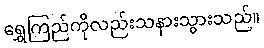
ရွှေကြည်ကိုလည်းသနားသွားသည်။